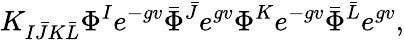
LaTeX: K_{I\bar{J}K\bar{L}}\Phi^{I}e^{-gv}\bar{\Phi}^{\bar{J}}e^{gv}\Phi^{K}e^{-gv}\bar{\Phi}^{\bar{L}}e^{gv},